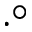
\cdot ^ { \circ }